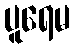
ပူရေမ